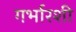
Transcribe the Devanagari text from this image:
गर्भारशी